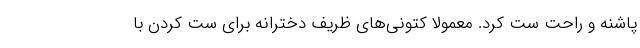
پاشنه و راحت ست کرد. معمولا کتونی‌های ظریف دخترانه برای ست کردن با